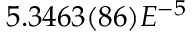
5 . 3 4 6 3 ( 8 6 ) E ^ { - 5 }